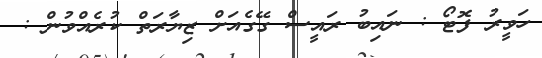
ހަވީރު ފޮޓޯ : ނައިބު ރައީސް ގޭގެއަށް ޒިޔާރަތް ކުރެއްވުން :